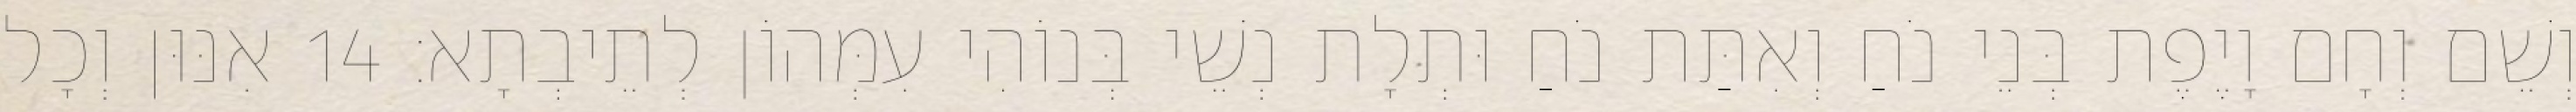
וְשֵׁם וְחָם וָיֶפֶת בְּנֵי נֹחַ וְאִתַּת נֹחַ וּתְלָת נְשֵׁי בְּנוֹהִי עִמְּהוֹן לְתֵיבְתָא׃ 14 אִנּוּן וְכָל